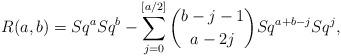
LaTeX: \begin{align*}R(a,b)=Sq^aSq^b-\sum_{j=0}^{[a/2]} \binom{b-j-1}{a-2j} Sq^{a+b-j}Sq^j,\end{align*}